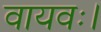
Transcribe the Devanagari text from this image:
वायवः।